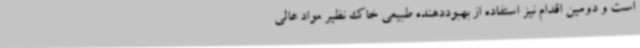
است و دومین اقدام نیز استفاده از بهبوددهنده طبیعی خاک نظیر مواد عالی